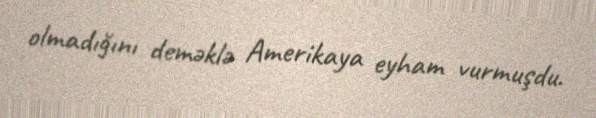
olmadığını deməklə Amerikaya eyham vurmuşdu.